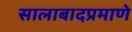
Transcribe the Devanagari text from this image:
सालाबादप्रमाणे